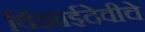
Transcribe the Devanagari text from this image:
विंझाईदेवीचे